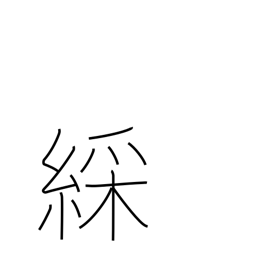
Meaning: colorful